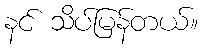
နင် သိပ်မြန်တယ်။